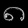
Digit: ၈